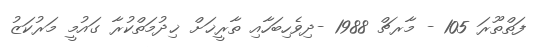
ފަތްތޫރަ 105 - މާރޗް 1988 -ދިވެހިބަހާއި ތާރީޚަށް ޚިދުމަތްކުރާ ގައުމީ މަރުކަޒު